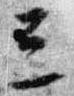
三